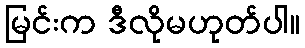
မြင်းက ဒီလိုမဟုတ်ပါ။